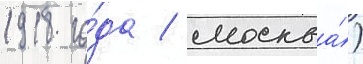
1918 го́да / москва́)